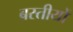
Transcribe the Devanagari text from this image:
बस्तीयों